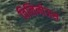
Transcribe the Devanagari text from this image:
विलिनीऊस